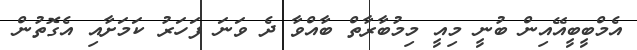
އެމްބީބީއޭއިން ބުނީ މިއީ މިމުބާރާތް ބާއްވާ ދެ ވަނަ ފަހަރު ކަމަށާއި އެގޮތުން